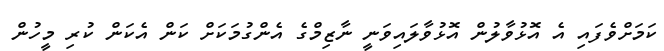
ކަމަށްވެފައި އެ އޮޅުވާލުން އޮޅުވާލައިވަނީ ނާޒިމްގެ އެންގުމަކަށް ކަން އެކަން ކުރި މީހުން